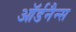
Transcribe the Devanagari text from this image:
ऑर्डनैन्स